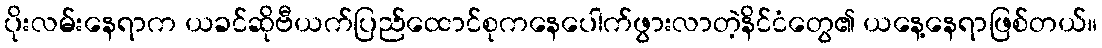
ပိုးလမ်းနေရာက ယခင်ဆိုဗီယက်ပြည်ထောင်စုကနေပေါက်ဖွားလာတဲ့နိင်ငံတွေ၏ ယနေ့နေရာဖြစ်တယ်။